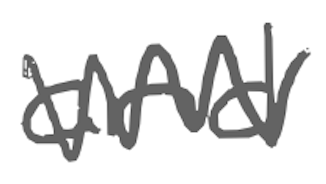
Text: and
Cross-out: zig-zag
Writing tool: digital_gray